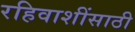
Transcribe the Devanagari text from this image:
रहिवाशींसाठी